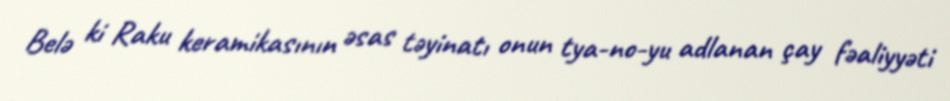
Belə ki Raku keramikasının əsas təyinatı onun tya-no-yu adlanan çay fəaliyyəti